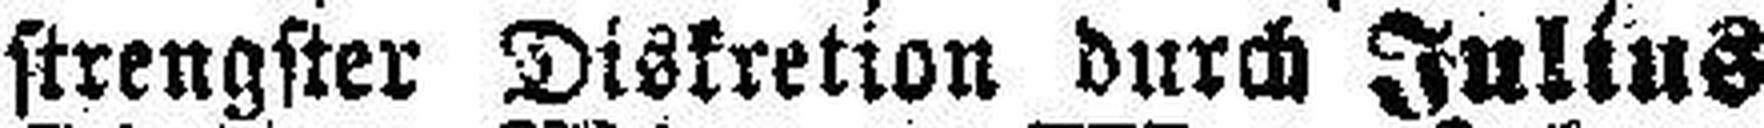
strengster Diskretion durch Julius